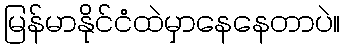
မြန်မာနိုင်ငံထဲမှာနေနေတာပဲ။